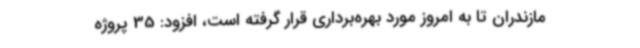
مازندران تا به امروز مورد بهره‌برداری قرار گرفته‌ است، افزود: 35 پروژه